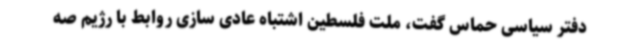
دفتر سیاسی حماس گفت، ملت فلسطین اشتباه عادی سازی روابط با رژیم صه